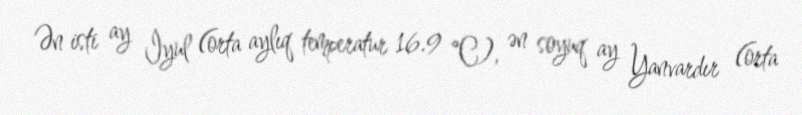
Ən isti ay İyul (orta aylıq temperatur 16.9 °C), ən soyuq ay Yanvardır (orta